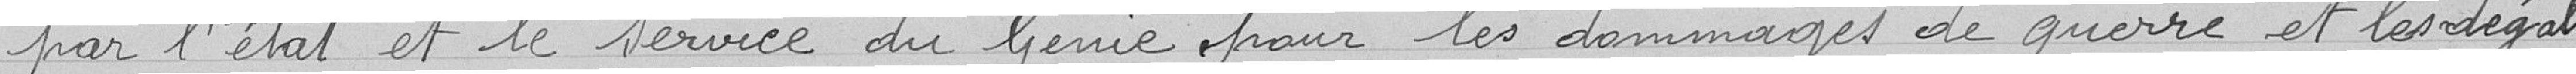
par l'état et le service du Génie pour les dommages de guerre et les dégats